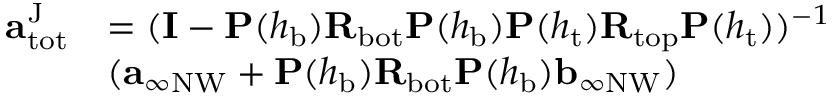
\begin{array} { r l } { \mathbf { a } _ { \mathrm { t o t } } ^ { \mathrm { J } } } & { = ( \mathbf { I } - \mathbf { P } ( h _ { \mathrm { b } } ) \mathbf { R } _ { \mathrm { b o t } } \mathbf { P } ( h _ { \mathrm { b } } ) \mathbf { P } ( h _ { \mathrm { t } } ) \mathbf { R } _ { \mathrm { t o p } } \mathbf { P } ( h _ { \mathrm { t } } ) ) ^ { - 1 } } \\ & { ( \mathbf { a } _ { \infty \mathrm { N W } } + \mathbf { P } ( h _ { \mathrm { b } } ) \mathbf { R } _ { \mathrm { b o t } } \mathbf { P } ( h _ { \mathrm { b } } ) \mathbf { b } _ { \infty \mathrm { N W } } ) } \end{array}